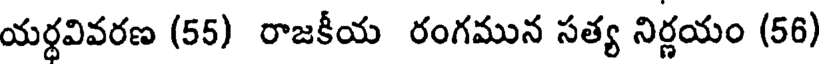
యర్థవివరణ (55) రాజకీయ రంగమున సత్య నిర్ణయం (56)